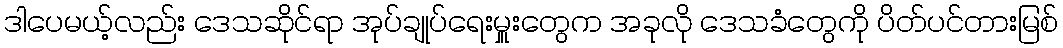
ဒါပေမယ့်လည်း ဒေသဆိုင်ရာ အုပ်ချုပ်ရေးမှူးတွေက အခုလို ဒေသခံတွေကို ပိတ်ပင်တားမြစ်